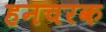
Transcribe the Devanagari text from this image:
हनचरक